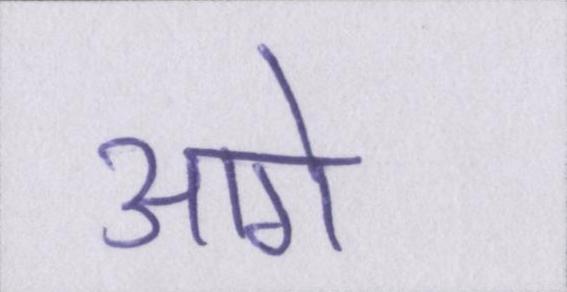
आगे